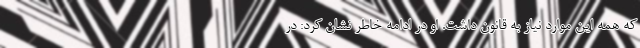
که همه این موارد نیاز به قانون داشت. او در ادامه خاطر نشان کرد: در